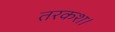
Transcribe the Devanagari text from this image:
तरकश।